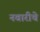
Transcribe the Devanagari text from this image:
नवारीचे